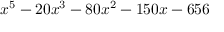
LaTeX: x ^ { 5 } - 2 0 x ^ { 3 } - 8 0 x ^ { 2 } - 1 5 0 x - 6 5 6